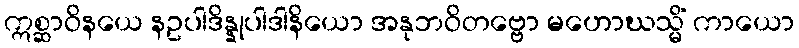
ဣစ္ဆာဝိနယေ နဥပါဒိန္နုပါဒါနိယော အနုဘဝိတဗ္ဗော မဟောဃသ္မိံ ကာယော